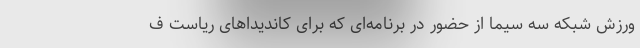
ورزش شبکه سه سیما از حضور در برنامه‌ای که برای کاندیداهای ریاست ف